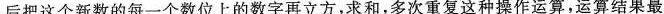
后把这个新数的每一个数位上的数字再立方，求和，多次重复这种操作运算，运算结果最